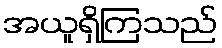
အယူရှိကြသည်